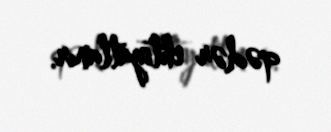
qədər ehtiyatlanır.